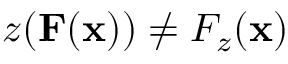
z ( \mathbf { F } ( \mathbf { x } ) ) \neq F _ { z } ( \mathbf { x } )